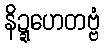
နိဍ္ဍဟေတဗ္ဗံ